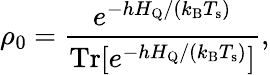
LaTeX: \rho_{\mathrm{0}}~{=}~\frac{e^{-hH_{\mathrm{Q}}/(k_{\mathrm{B}}T_{\mathrm{s}})}}{\mathrm{Tr}[e^{-hH_{\mathrm{Q}}/(k_{\mathrm{B}}T_{\mathrm{s}})}]},